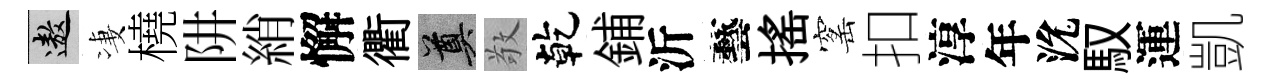
遨凄橈阱綃懈衢奠敬乾鋪沂藝揺窰扣淳年沇馭運凱